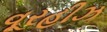
વૂરહીઝ